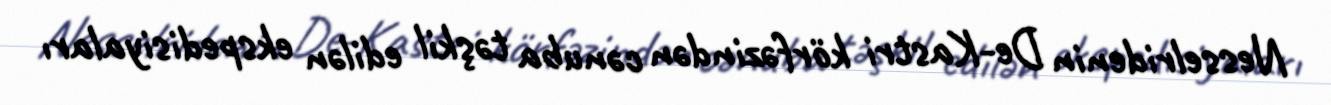
Nesselridenin De-Kastri körfəzindən cənuba təşkil edilən ekspedisiyaları